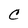
Character: C